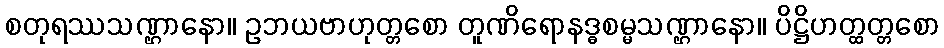
စတုရဿသဏ္ဌာနော။ ဥဘယဗာဟုတ္တစော တူဏိရောနဒ္ဓစမ္မသဏ္ဌာနော။ ပိဋ္ဌိဟတ္ထတ္တစော